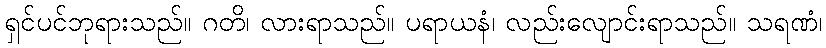
ရှင်ပင်ဘုရားသည်။ ဂတိ၊ လားရာသည်။ ပရာယနံ၊ လည်းလျောင်းရာသည်။ သရဏံ၊